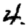
Digit: 4